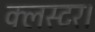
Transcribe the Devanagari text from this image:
क्लस्टर।